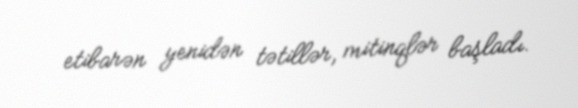
etibarən yenidən tətillər, mitinqlər başladı.